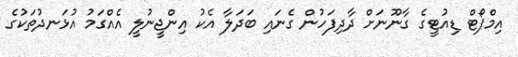
އިމްޕޯޓް ޑިއުޓީގެ ގާނޫނަށް ދާދިފަހުން ގެނައި ބަދަލާ އެކު އިންޖީނުލީ އެއްގަމު އުޅަނދުތަކުގެ